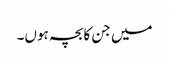
میں جن کابچہ ہوں۔